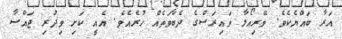
އަރާ ބައްޔެކެވެ. ވޭރިއޯލާ ވައިރަސްގެ ދެބާވަތެއް ހުރެއެވެ. އެއީ ކަށި ވިދުރި ޖައްސާ